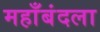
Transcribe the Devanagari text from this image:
महाँबंदला